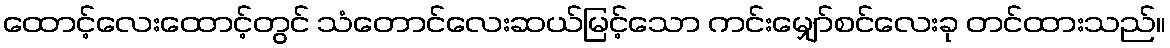
ထောင့်လေးထောင့်တွင် သံတောင်လေးဆယ်မြင့်သော ကင်းမျှော်စင်လေးခု တင်ထားသည်။